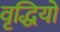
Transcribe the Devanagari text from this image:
वृद्धियो